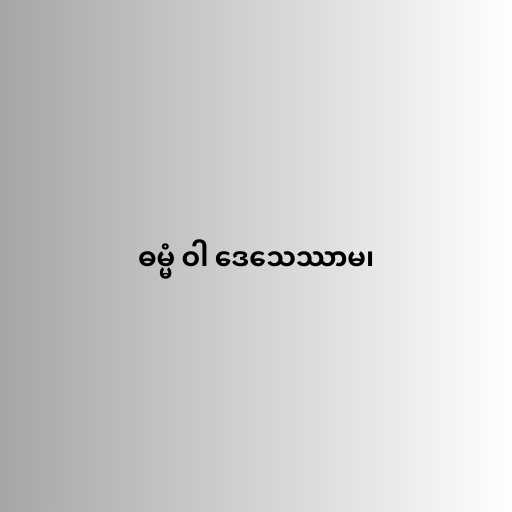
ဓမ္မံ ဝါ ဒေသေဿာမ၊